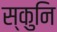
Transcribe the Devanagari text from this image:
स्कुनि